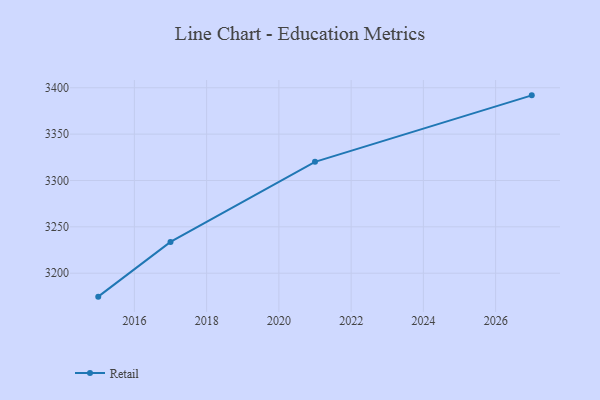
{"axis": {"x": "Year", "y": "Satisfaction Score"}, "legend": ["Retail"], "data": [{"x": "2027", "y": 3391.8, "type": "Retail"}, {"x": "2021", "y": 3320.1, "type": "Retail"}, {"x": "2017", "y": 3233.7, "type": "Retail"}, {"x": "2015", "y": 3174.7, "type": "Retail"}]}